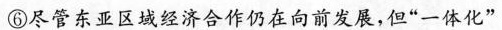
⑥尽管东亚区域经济合作仍在向前发展，但”一体化”